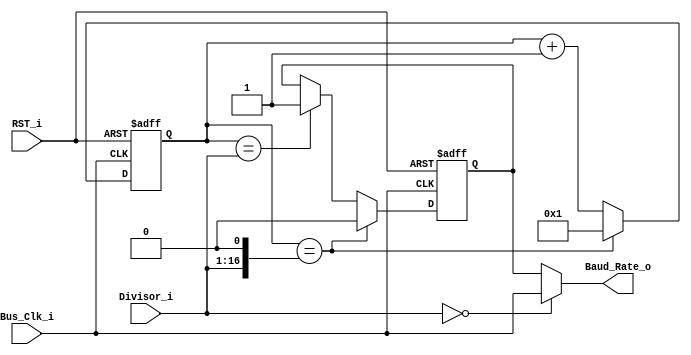
// description  : Baud Generator Module
// Modified by     : Rakesh Moolacheri	
// -----------------------------------------------------------------------------
// copyright (c) 2012
// -----------------------------------------------------------------------------
// revisions  :
// date            version    author              description
// 2008/xx/xx      1.0        XXXXX               created
// -----------------------------------------------------------------------------
// Comments: 
// -----------------------------------------------------------------------------
module baud_generator ( Baud_Rate_o,
						Bus_Clk_i, 
						Divisor_i,
						RST_i
					);	
	
	output 		Baud_Rate_o;
	input 		Bus_Clk_i;
	input [15:0]Divisor_i;
	input		RST_i; 

  
	reg [16:0] 	count16;
	reg 		Baud_Rate_r;
	wire [16:0] half_div; 
	wire [16:0] divisor_int;

	assign Baud_Rate_o = (Divisor_i[15:0] == 16'h0000)? Bus_Clk_i : Baud_Rate_r;
	assign half_div = {1'b0,Divisor_i[15:0]};
	assign divisor_int ={Divisor_i[15:0],1'b0};

	always @(posedge Bus_Clk_i or posedge RST_i)
	begin
		if (RST_i)
		begin
			count16 <= 17'h00000;
		end
		else begin
			if (count16 == divisor_int) 
				count16 <= 17'h00001;
			else
				count16 <= count16 + 1;
		end
	end

	always @(posedge Bus_Clk_i or posedge RST_i)
	begin
		if (RST_i)
		begin
			Baud_Rate_r <= 1'b0;
		end
		else begin
			if (count16 == divisor_int)
				Baud_Rate_r <= 1'b0;
			else if (count16 == half_div)
				Baud_Rate_r <= 1'b1;
			else 
				Baud_Rate_r <= Baud_Rate_r;
		end
	end

endmodule